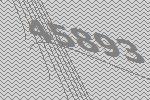
45893